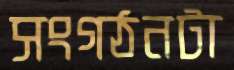
সংগঠনটা